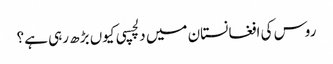
روس کی افغانستان میں دلچسپی کیوں بڑھ رہی ہے؟